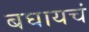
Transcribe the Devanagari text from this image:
बघायचं